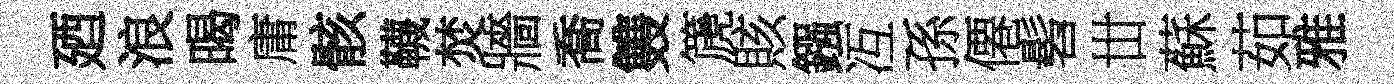
廼浪暍庸骸韈焚牆喬䨇篪賅鏹冱孫僊髫丗蘇茹雅